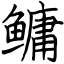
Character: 鳙